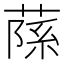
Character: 𦶽